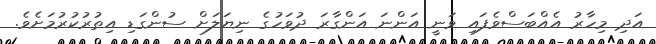
އަދި މިހާރު އެއްބަސްވެފައި ވަނީ އަންނަ އަންގާރަ ދުވަހުގެ ނިޔަލަށް ސުންގަޑި އިތުރުކުރުމަށެވެ.